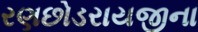
રણછોડરાયજીના